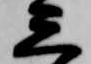
三